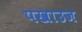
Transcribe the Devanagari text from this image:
पखाउज